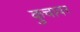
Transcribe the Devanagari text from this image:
कुचावर